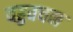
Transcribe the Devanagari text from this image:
वहुवचन